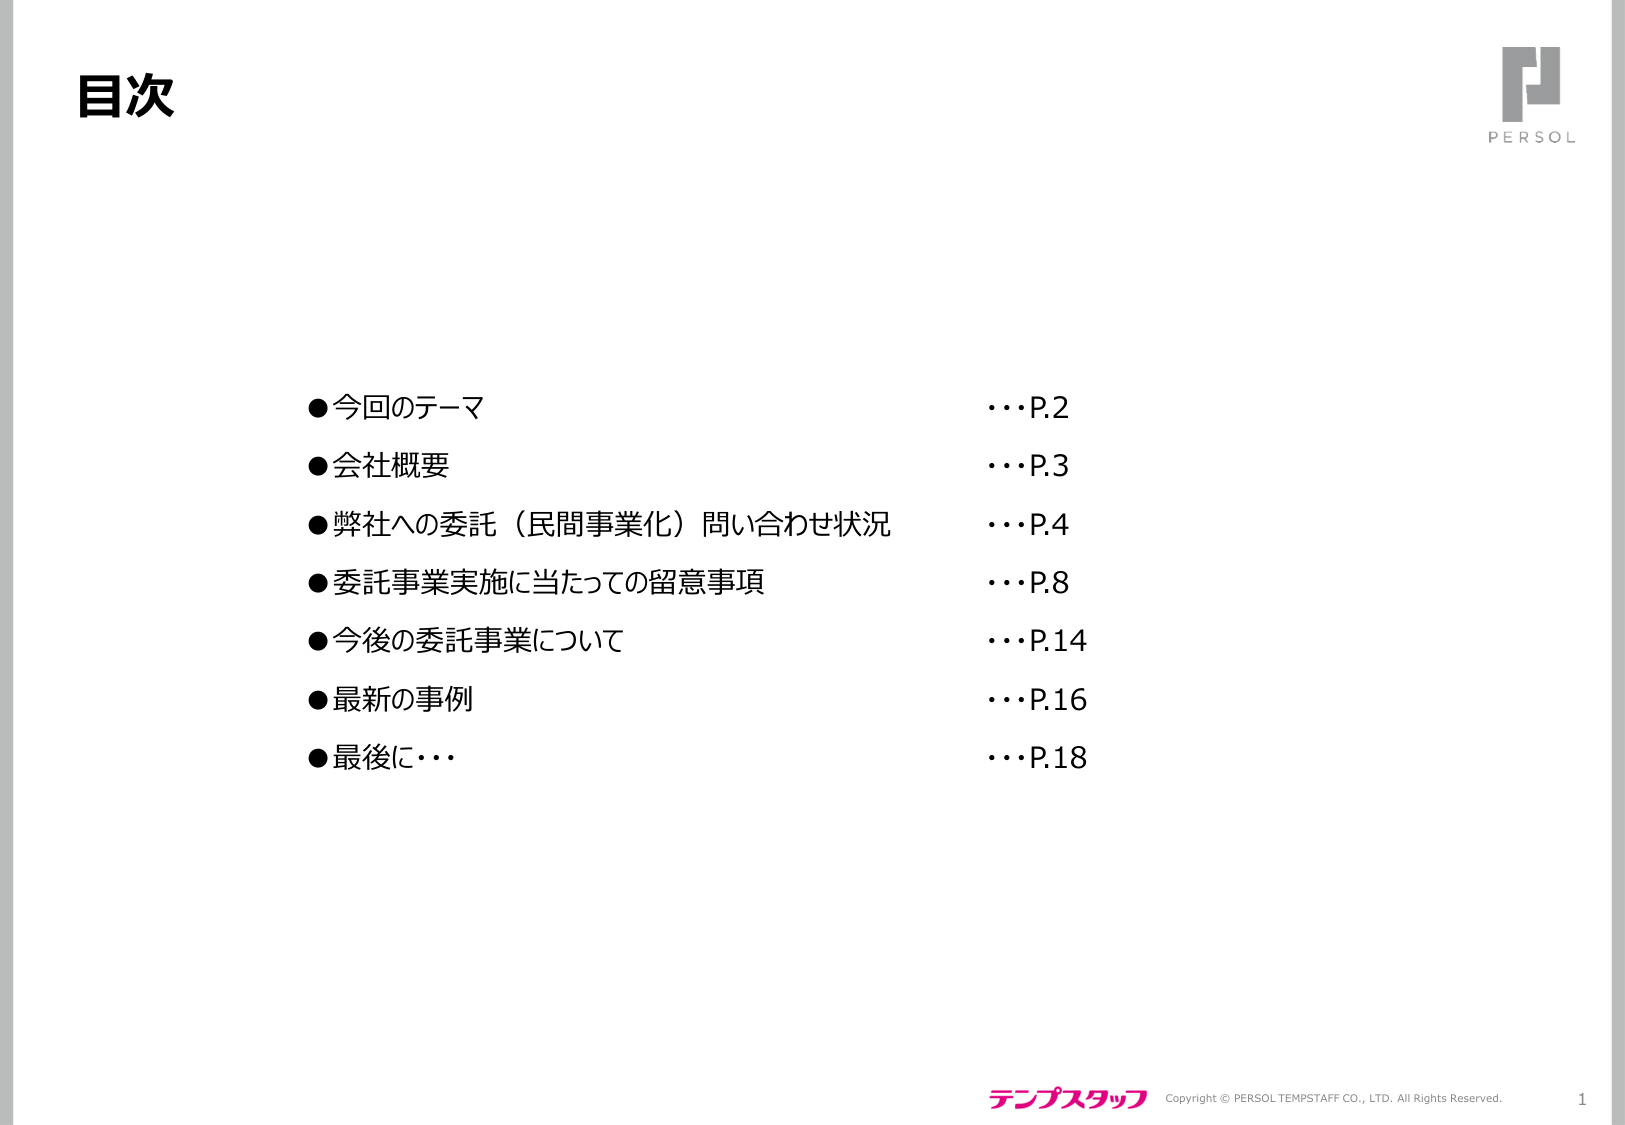
目次

●今回のテーマ　　　　　　　　　　　　　　　　　　…P.2
●会社概要　　　　　　　　　　　　　　　　　　　　…P.3
●弊社への委託（民間事業化）問い合わせ状況　　…P.4
●委託事業実施に当たっての留意事項　　　　　　…P.8
●今後の委託事業について　　　　　　　　　　　　…P.14
●最新の事例　　　　　　　　　　　　　　　　　　…P.16
●最後に…　　　　　　　　　　　　　　　　　　　　…P.18

PERSOL
テンプスタッフ　Copyright © PERSOL TEMPSTAFF CO., LTD. All Rights Reserved.
1